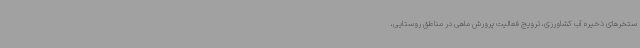
ستخرهای ذخیره آب کشاورزی، ترویج فعالیت پرورش ماهی در مناطق روستایی،